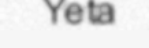
Yeta